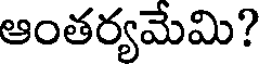
ఆంతర్యమేమి?